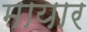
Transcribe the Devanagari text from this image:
मायार